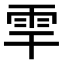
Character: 𩂀